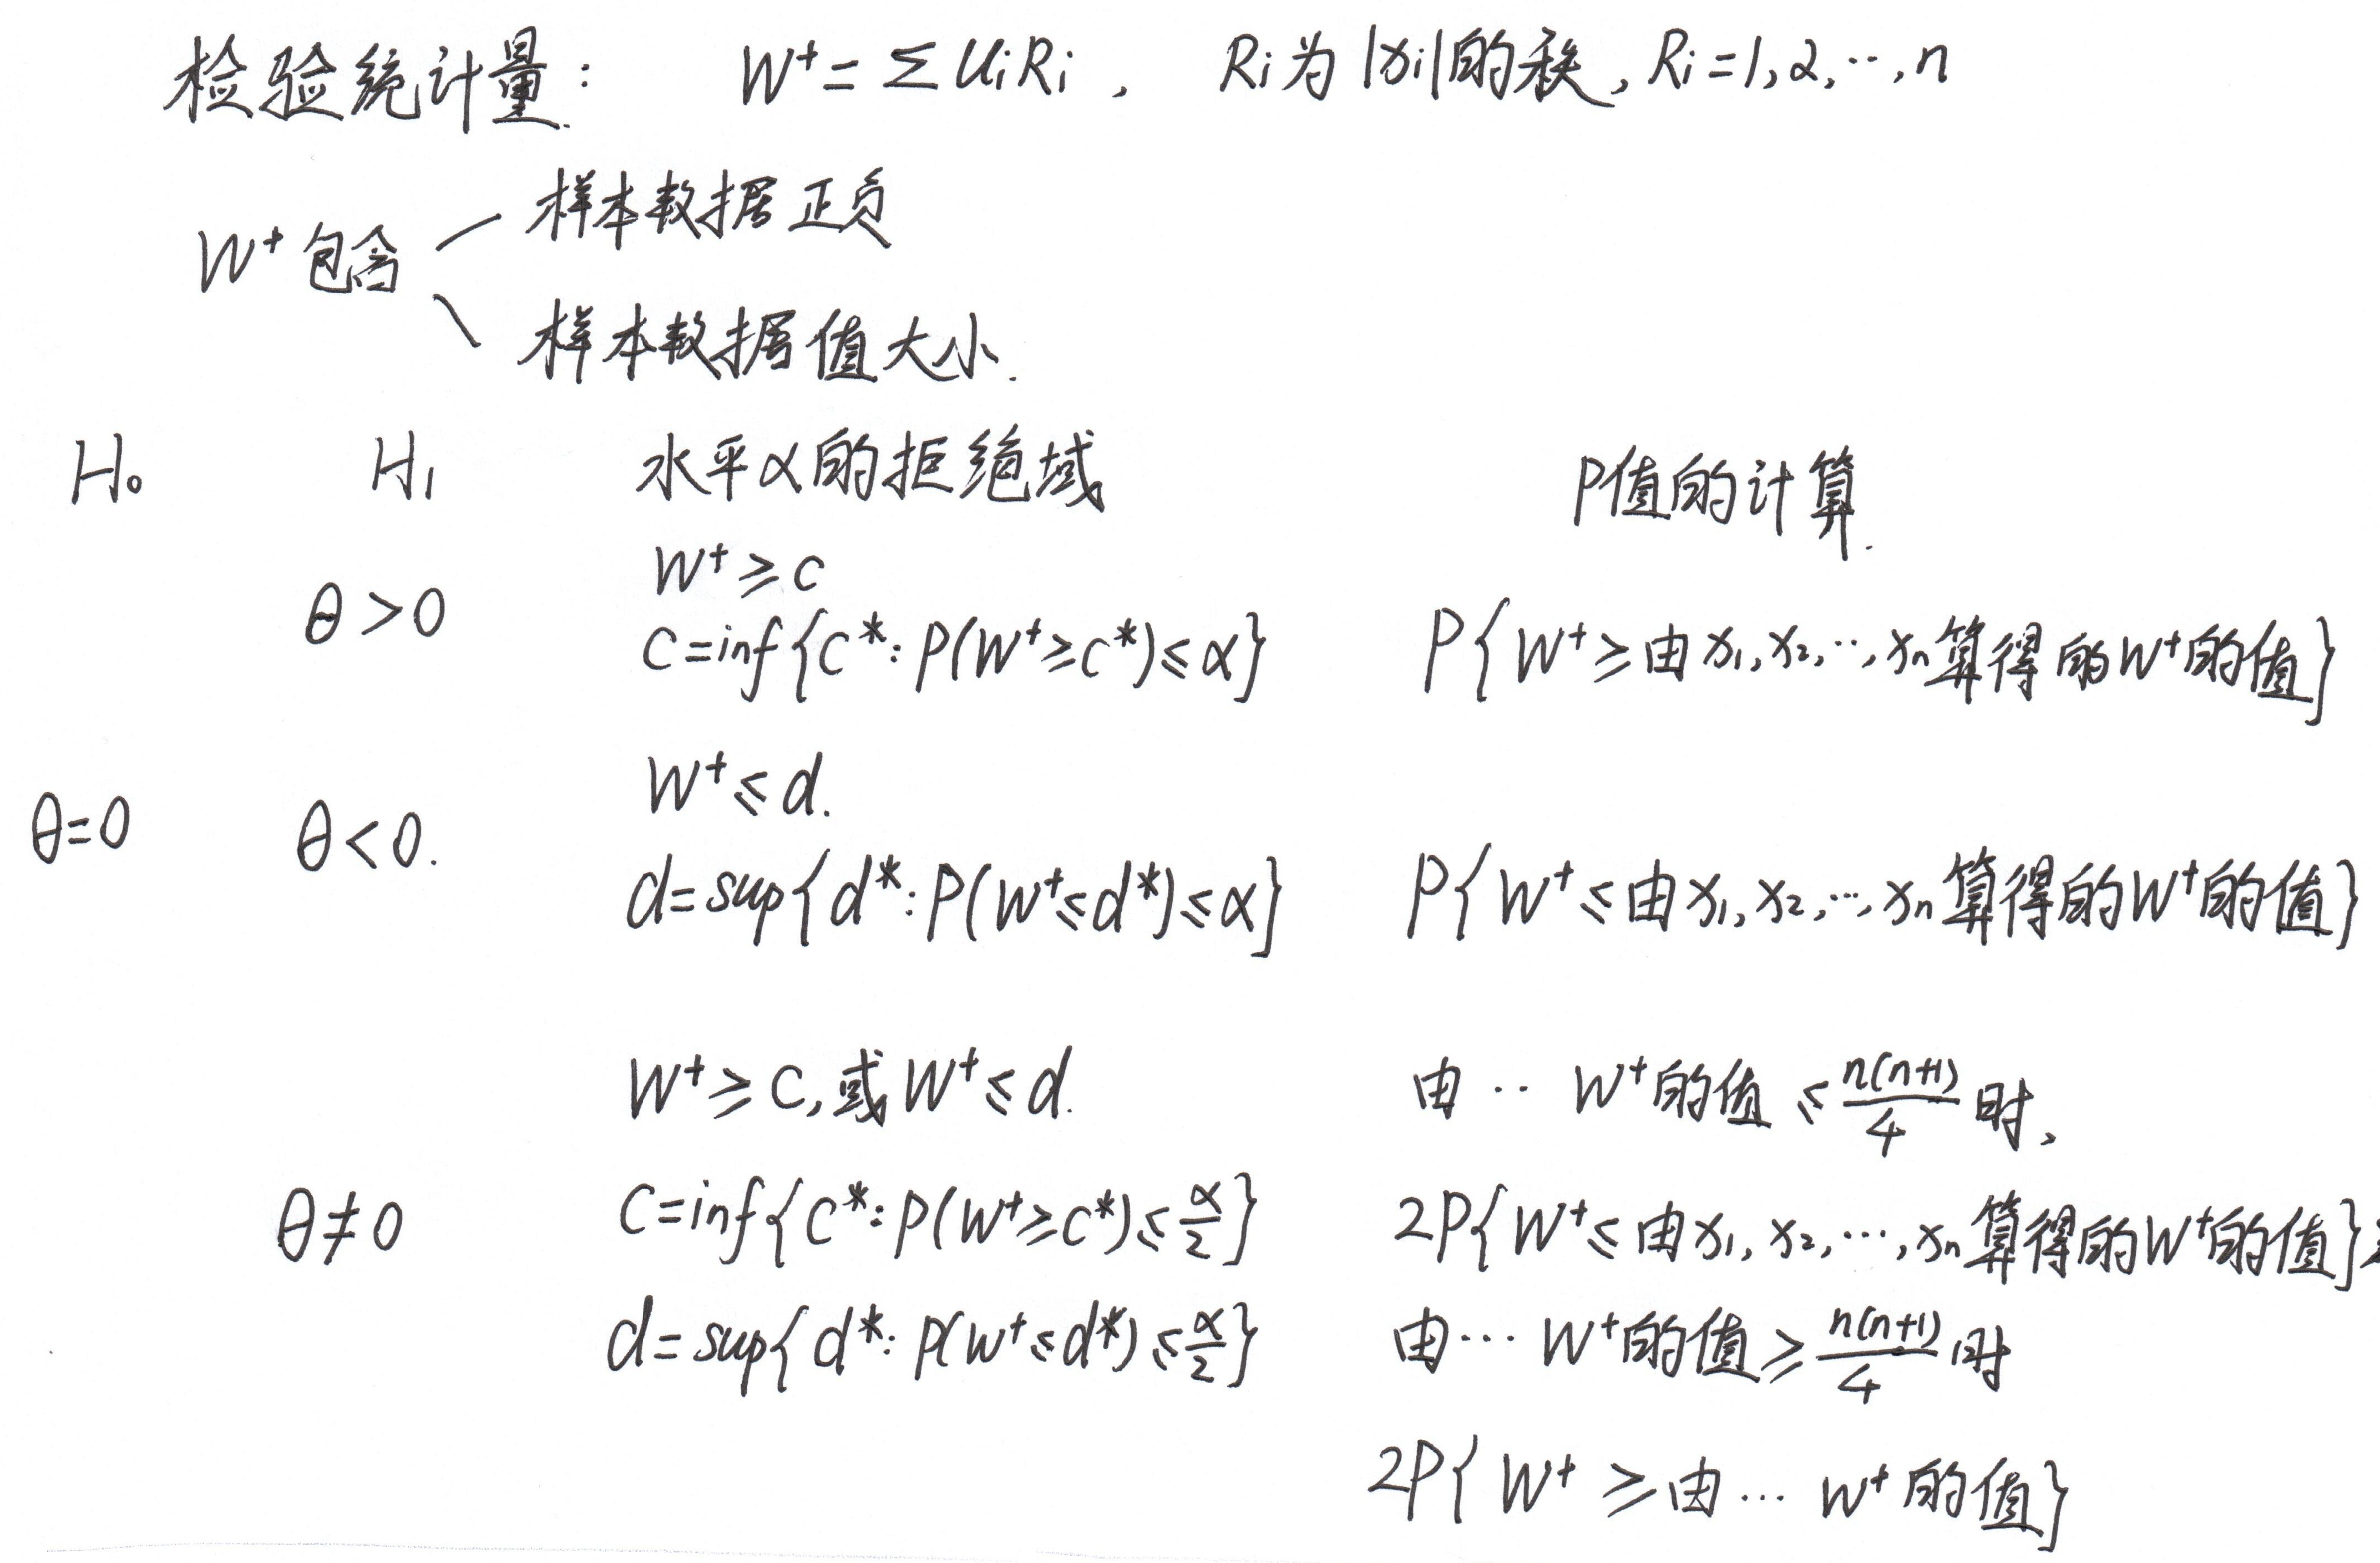
检验统计量：\(W^{+}=\sum u_{i}R_{i}\)，\(R_{i}\)为\(\vert b_{i}\vert\)的秩，\(R_{i}=1,2,\cdots,n\)。

\(W^{+}\)包含：
\begin{itemize}
    \item 样本数据正负
    \item 样本数据值大小
\end{itemize}

\begin{tabular}{llll}
\(H_{0}\) & \(H_{1}\) & 水平\(\alpha\)的拒绝域 & \(P\)值的计算 \\
\(\theta > 0\) &  & \(W^{+}\geq c\) & \(P\{W^{+}\geq 由x_{1},x_{2},\cdots,x_{n}算得的W^{+}的值\}\) \\
 &  & \(c = \inf\{c^{*}:P(W^{+}\geq c^{*})\leq\alpha\}\) &  \\
\(\theta = 0\) & \(\theta < 0\). & \(W^{+}\leq d\). & \(P\{W^{+}\leq 由x_{1},x_{2},\cdots,x_{n}算得的W^{+}的值\}\) \\
 &  & \(d = \sup\{d^{*}:P(W^{+}\leq d^{*})\leq\alpha\}\) &  \\
\(\theta\neq 0\) &  & \(W^{+}\geq c,或W^{+}\leq d\). & \(由\cdots W^{+}的值<\frac{n(n + 1)}{4}时,\) \\
 &  & \(c = \inf\{c^{*}:P(W^{+}\geq c^{*})\leq\frac{\alpha}{2}\}\) & \(2P\{W^{+}\leq 由x_{1},x_{2},\cdots,x_{n}算得的W^{+}的值\}\) \\
 &  & \(d = \sup\{d^{*}:P(W^{+}\leq d^{*})\leq\frac{\alpha}{2}\}\) & \(由\cdots W^{+}的值\geq\frac{n(n + 1)}{4}时,\) \\
 &  &  & \(2P\{W^{+}\geq 由\cdots W^{+}的值\}\)
\end{tabular}